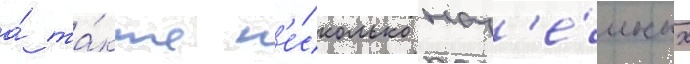
а́ та́кже н'е́сколько наз'е́мных